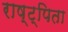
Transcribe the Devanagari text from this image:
राष्ट्पिता